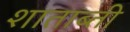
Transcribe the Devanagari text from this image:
शाताब्ती